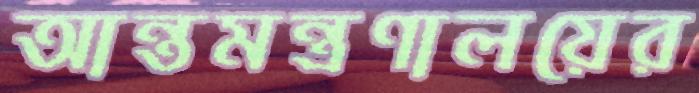
আন্তমন্ত্রণালয়ের